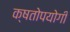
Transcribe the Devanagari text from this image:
क्षतोपयोगी